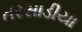
તરસાડીયા